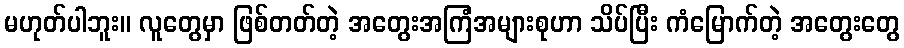
မဟုတ်ပါဘူး။ လူတွေမှာ ဖြစ်တတ်တဲ့ အတွေးအကြံအများစုဟာ သိပ်ပြီး ကံမြောက်တဲ့ အတွေးတွေ